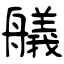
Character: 艤